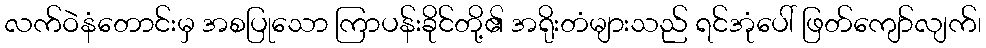
လက်ဝဲနံတောင်းမှ အစပြုသော ကြာပန်းခိုင်တို့၏ အရိုးတံများသည် ရင်အုံပေါ် ဖြတ်ကျော်လျက်၊